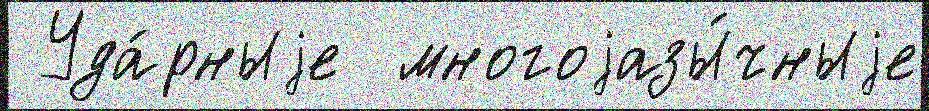
 Уда́рныjе  многоjазы́чныjе